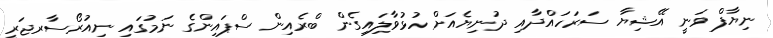
ނިޔާފް ވަނީ އޭޝިޔާ ސަރަހައްދާއި ދުނިޔެއަށް ހުޅުވާލަިއިގެން ބްރެއިން ސްޕައިންގެ ނަމުގައި ނިއުރޯސާރޖަރީ